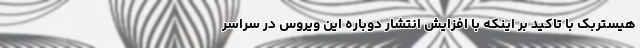
هیستربک با تاکید بر اینکه با افزایش انتشار دوباره این ویروس در سراسر